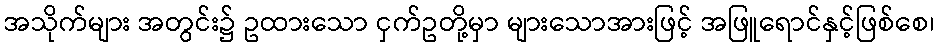
အသိုက်များ အတွင်း၌ ဥထားသော ငှက်ဥတို့မှာ များသောအားဖြင့် အဖြူရောင်နှင့်ဖြစ်စေ၊